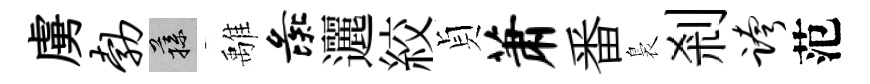
虜勃蓀𩀌彘邐絞貞萧番裊剎跨范